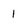
Character: 1